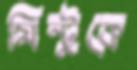
মিন্টুকে